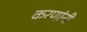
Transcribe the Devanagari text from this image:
करणांनी